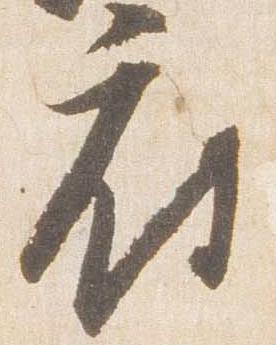
府